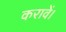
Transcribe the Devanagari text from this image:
करावें।